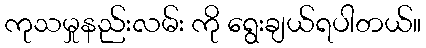
ကုသမှုနည်းလမ်း ကို ရွေးချယ်ရပါတယ်။